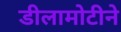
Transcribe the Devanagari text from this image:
डीलामोटीने